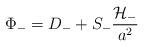
LaTeX: \begin{align*}\Phi_{-} = D_{-} + S_{-} \frac{\cal{H}_{-}}{a^2}\end{align*}